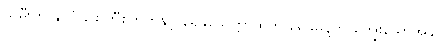
သမီးက နိုင်ငံခြား ဘီစကွတ်နှင့် ရေခဲသေတ္တာထဲက ရေခဲမုန့်ကို ကျွေးသောအခါ